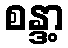
စန္ဒာ့